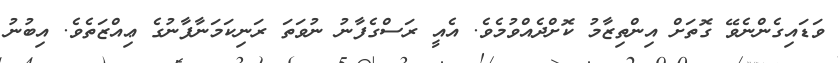
ވަޑައިގެންނެވޭ ގޮތަށް އިންތިޒާމު ކޮށްދެއްވުމެވެ. އެއީ ރަސްގެފާނު ނުވަތަ ރަނިކަމަނާފާނުގެ ޢިއްޒަތެވެ. އިބުނު